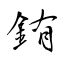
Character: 銪